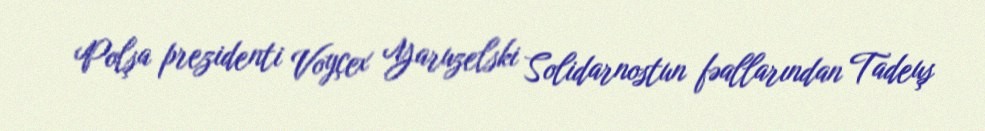
Polşa prezidenti Voyçex Yaruzelski Solidarnostun fəallarından Tadeuş